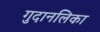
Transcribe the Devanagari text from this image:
गुदानलिका